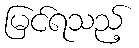
မြင်ရသည့်